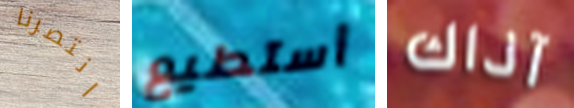
انتصرنا أستطيع آذاك